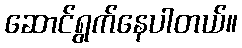
ဆောင်ရွက်နေပါတယ်။